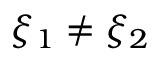
\xi _ { 1 } \neq \xi _ { 2 }